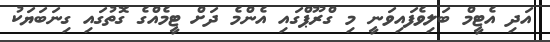
އަދި އެޓީމް ބަލިވެފައިވަނީ މި ގްރޫޕްގައި އެންމެ ދަށް ޓީމެއްގެ ގޮތުގައި ގިނަބަޔަކު